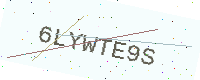
Text: 6LYWTE9S